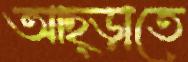
আছ্‌ড়াতে